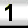
Digit: 1